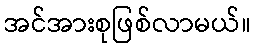
အင်အားစုဖြစ်လာမယ်။